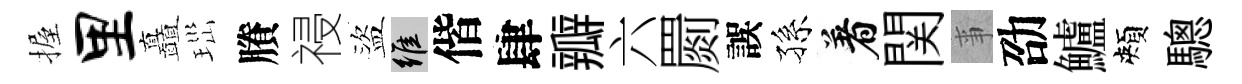
握里矗𤤼賸祲盜維偕肆瓣六罽誤孫着関亊劭鱸頰驄